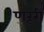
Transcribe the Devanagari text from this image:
णरूरी